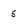
Character: 5